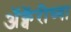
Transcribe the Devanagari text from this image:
अॅक्वॅरीच्या